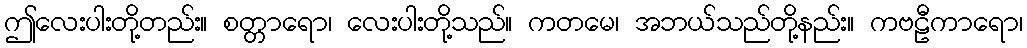
ဤလေးပါးတို့တည်း။ စတ္တာရော၊ လေးပါးတို့သည်။ ကတမေ၊ အဘယ်သည်တို့နည်း။ ကဗဠီကာရော၊